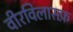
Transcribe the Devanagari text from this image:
वीरविलासफ़